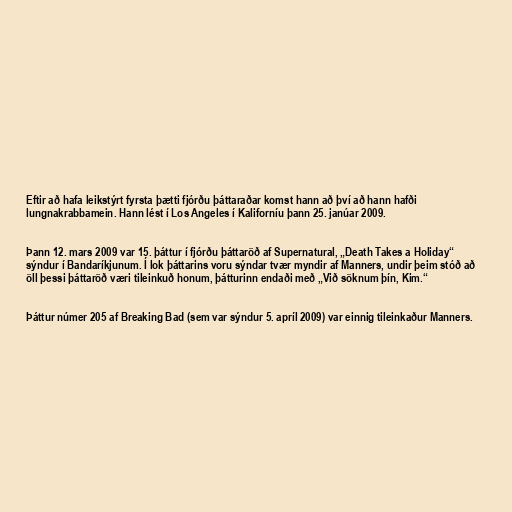
Eftir að hafa leikstýrt fyrsta þætti fjórðu þáttaraðar komst hann að því að hann hafði
lungnakrabbamein. Hann lést í Los Angeles í Kaliforníu þann 25. janúar 2009.

Þann 12. mars 2009 var 15. þáttur í fjórðu þáttaröð af Supernatural, „Death Takes a Holiday“
sýndur í Bandaríkjunum. Í lok þáttarins voru sýndar tvær myndir af Manners, undir þeim stóð að
öll þessi þáttaröð væri tileinkuð honum, þátturinn endaði með „Við söknum þín, Kim.“

Þáttur númer 205 af Breaking Bad (sem var sýndur 5. apríl 2009) var einnig tileinkaður Manners.